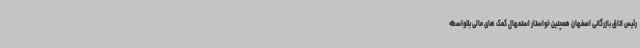
رئیس اتاق بازرگانی اصفهان همچنین خواستار استمهال کمک های مالی بلاواسطه